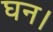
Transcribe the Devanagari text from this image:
घन।